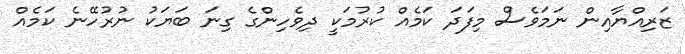
ޒަރިއްޔާއިން ނަމަވެސް މިފަދަ ކަމެއް ކުރުމަކީ ދިވެހިންގެ ގިނަ ބަޔަކު ނުރުހޭނެ ކަމެއް